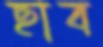
ছাব